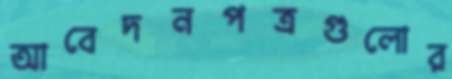
আবেদনপত্রগুলোর